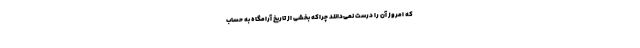
که امروز آن را درست نمی‌دانند چراکه بخشی از تاریخ آرامگاه به حساب